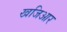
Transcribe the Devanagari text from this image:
खजिआर